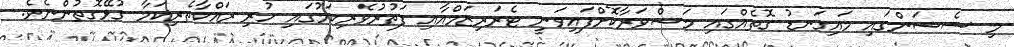
މި ސެޝަންގައި މައިގަނޑު ގޮތެއްގައި މަޝްވަރާކޮށްފައިވަނީ ޓެރަރިޒަމްއާއި ފަތުރުވެރިކަމުގައި ހުރި ރައްކާތެރިކަމާ ގުޅޭގޮތުންނެވެ.